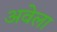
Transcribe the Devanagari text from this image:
अवेला